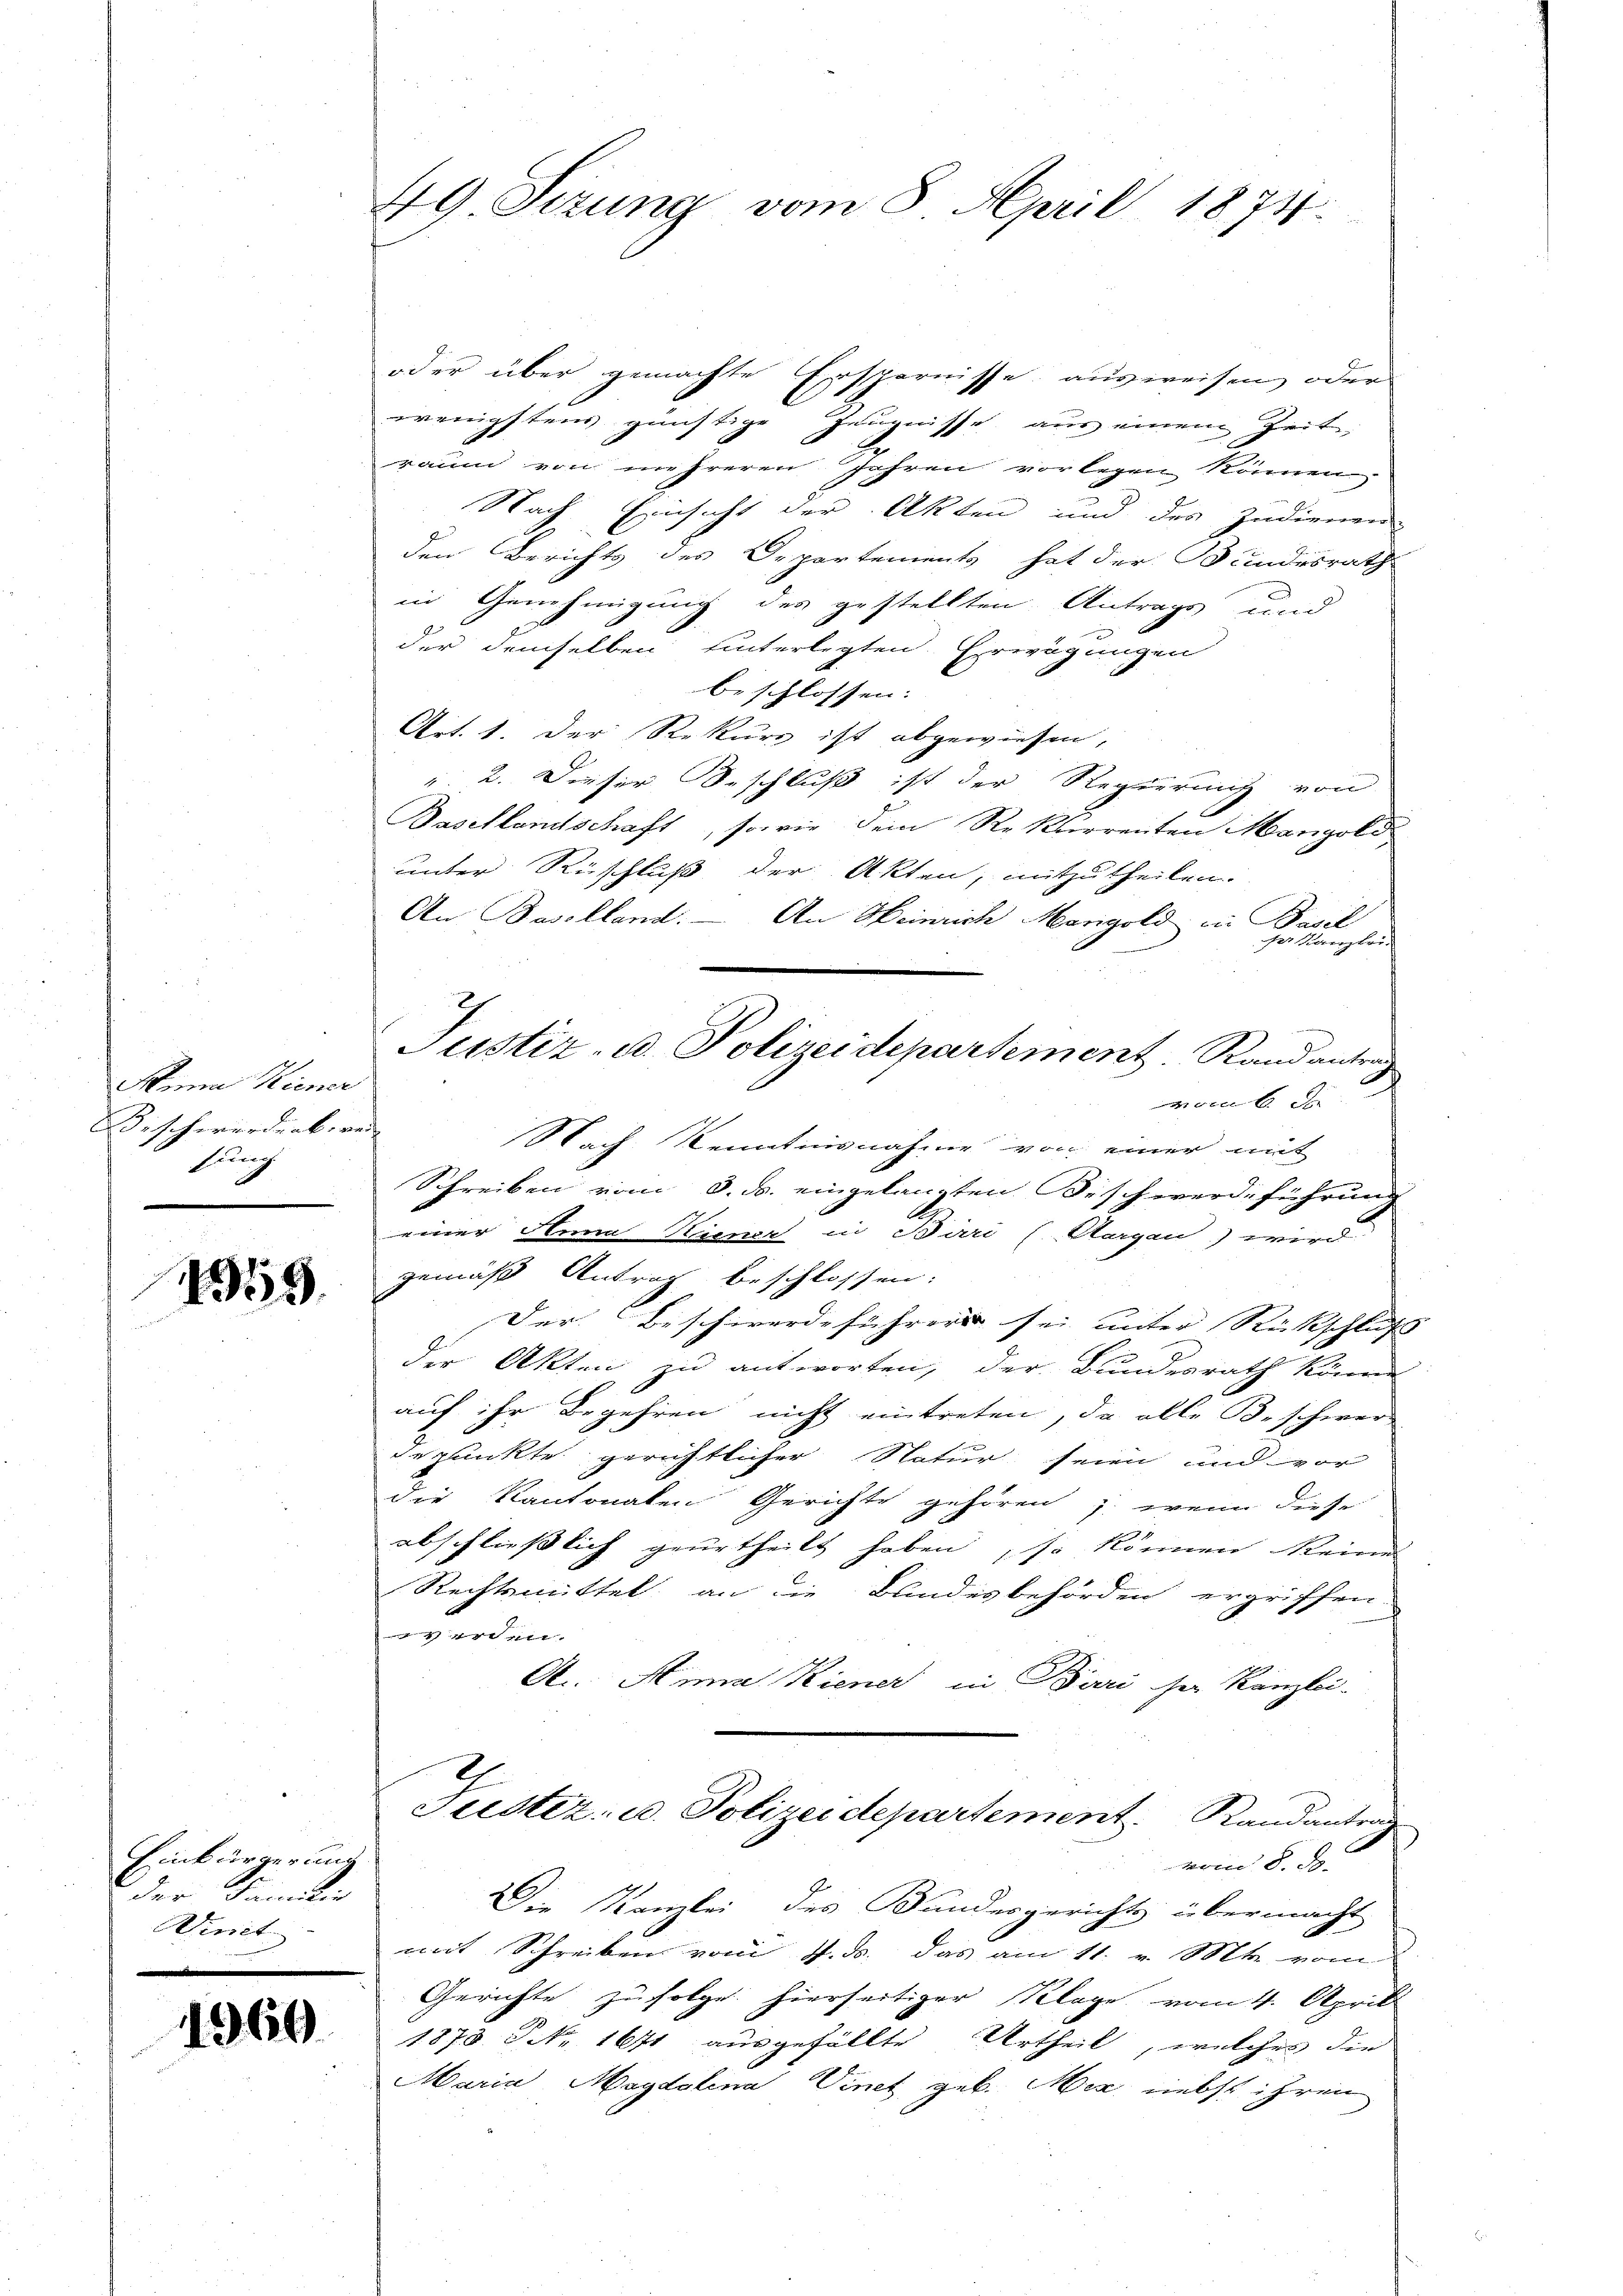
Minna Hiener
Fischerendenbere
sung

1943.

Einbürgerung
der Familie
Wiret

1960

49 Sizung vom 8. April 1874

oder über gemachte Ersparnisse ausweisen, oder
wenigstens günstige Zeugnisse aus einem Zeit
1
raum von mehreren Jahren vorlegen können
Nach Einsicht der Akten und des Indienen
den Berichts des Departements hat der Bundesrath
in Genehmigung des gestellten Antrags und
der demselben hinterlegten Erwägungen
beschlossen: |
Art. 1. Der Rekurs ist abgewiesen,
. 2. Dieser Beschluß ist der Regierung von
Basellandschaft, sowie dem Rekurrenten Mangold
unter Ruschluß der Akten, mitzutheilen.
An Baselland. - An Heinrich Mangold in Basel
ger Kanzlei
iindere
 xx
Schreiben vom 8. ds. eingelangten Beschwerdeführung
einer Anna Kiener in Bari (Aargau) wird
gemäß Antrag beschlossen:
Der Beschwerdeführer sei unter Rückschluss
der Akten zu antworten, der Bundesrath könne
auf ihr Begehren nicht eintreten, da alle Beschwer-
gepunkte gerichtlicher Natur seien und vor
die Kantonalen Gerichte gehören ; wenn diese
abschließlich geurtheilt haben, so können keine
Rechtsmittel an die Bundesbehörden ergriffen.
eri
A. Anna Kiener in Buri ser Kanzlei-
Justiz- u. Polizeidepartement. Randantrag
vom 8. d.
Die Kanzlei des Bundesgerichts übermacht
mit Schreiben vom 7. ds. das am 11. v. Mts. vom
Gerichte zufolge hierseitiger Klage vom 4. Aprill
1873 P. Nr. 1671 ausgefällte Urtheil, welches die
Maria Magdalena Vinet geb. Mez nebst ihren

g
Justiz- u. Polizeidepartement Randantrag
Nach Kenntnisnahme von einer mit